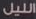
الليل